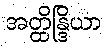
အတ္ထိန္ဒြိယာ